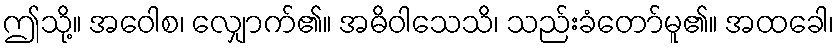
ဤသို့။ အဝေါစ၊ လျှောက်၏။ အဓိဝါသေသိ၊ သည်းခံတော်မူ၏။ အထခေါ၊